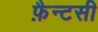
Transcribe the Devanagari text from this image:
फ़ैन्टसी